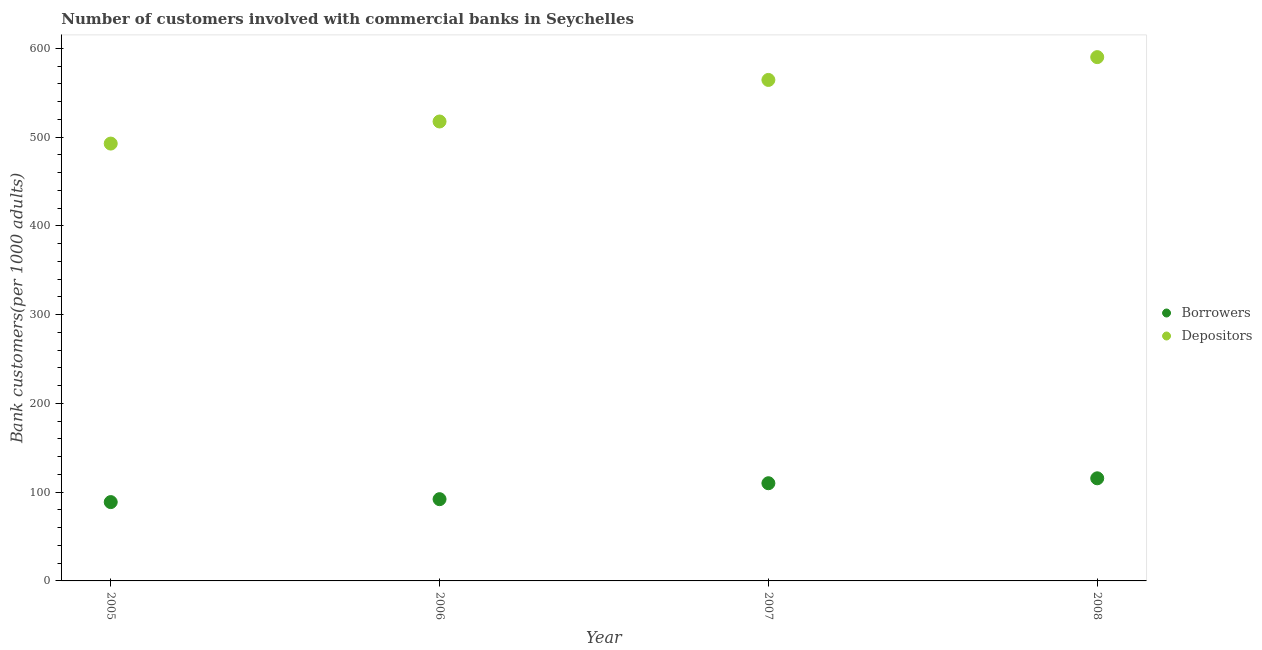
| Year | Borrowers | Depositors |
 | --- | --- | --- |
 | 2005 | 88.8 | 493 |
 | 2006 | 92.1 | 518 |
 | 2007 | 110 | 564 |
 | 2008 | 116 | 590 |